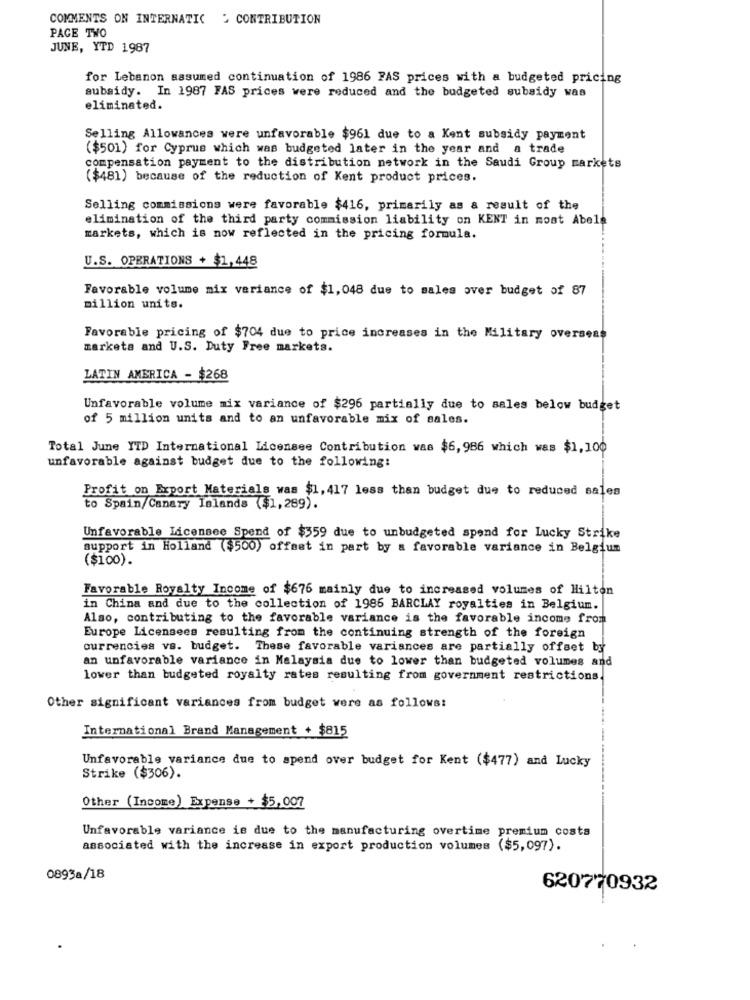
COMMENTS ON INTERNATIC - CONTRIBUTION
PAGE TWO
JUNE, YTD 1987
for Lebanon assumed continuation of 1986 PAS prices with a budgeted pricing
subsidy. In 1987 FAS prices were reduced and the budgeted subsidy was
eliminated.
Selling Allowances were unfavorable $961 due to a Kent subsidy payment
($501) for Cyprus which was budgeted later in the year and a trade
compensation payment to the distribution network in the Saudi Group markets
($481) because of the reduction of Kent product prices.
Selling commissions were favorable $416, primarily as a result of the
elimination of the third party commission liability on KENT in most Abele
markets, which is now reflected in the pricing formule.
U.S. OPERATIONS + $1,448
Favorable volume mix variance of $1,048 due to males over budget of 87
million units.
Favorable pricing of $704 due to price increases in the Military overseas
markets and U.S. Duty Free markets.
LATIN AMERICA - $268
Unfavorable volume mix variance of $296 partially due to sales below budget
of 5 million units and to an unfavorable mix of sales.
Total June YTD International Licensee Contribution was $6,986 which was $1,100
unfavorable against budget due to the following:
Profit on Export Materials was $1, 417 less than budget due to reduced sales
to Spain/Canary Islands ($1,289).
Unfavorable Licensee Spend of $359 due to unbudgeted spend for Lucky Strike
support in Holland ($500) offset in part by a favorable variance in Belgium
($100).
Favorable Royalty Income of $676 mainly due to increased volumes of Hilton
in China and due to the collection of 1986 BARCLAY royalties in Belgium.
Also, contributing to the favorable variance is the favorable income from
Europe Licensees resulting from the continuing strength of the foreign
currencies vs. budget. These favorable variances are partially offset by
an unfavorable variance in Malaysia due to lower than budgeted volumes and
lower than budgeted royalty rates resulting from government restrictions.
Other significant variances from budget were as follows:
International Brand Management + $815
Unfavorable variance due to spend over budget for Kent ($477) and Lucky
Strike ($306).
Other (Income) Expense + $5,007
Unfavorable variance is due to the manufacturing overtime premium costa
associated with the increase in export production volumes ($5,097).
0893a/18
620770932